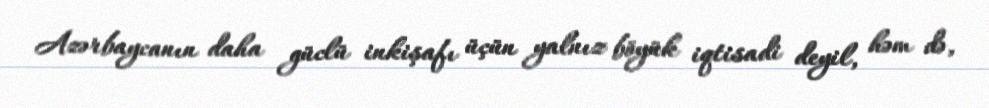
Azərbaycanın daha güclü inkişafı üçün yalnız böyük iqtisadi deyil, həm də,